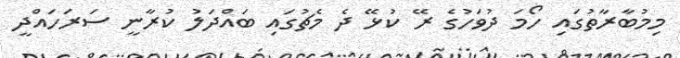
މިމުބާރާތުގައި ހޯމަ ދުވަހުގެ ރޭ ކުޅޭ ދެ މެޗުގައި ބައްދަލު ކުރާނީ ސަރަހައްދީ